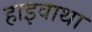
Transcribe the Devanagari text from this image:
हाइवाथा